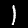
Digit: 1